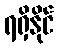
ရရှိနိုင်